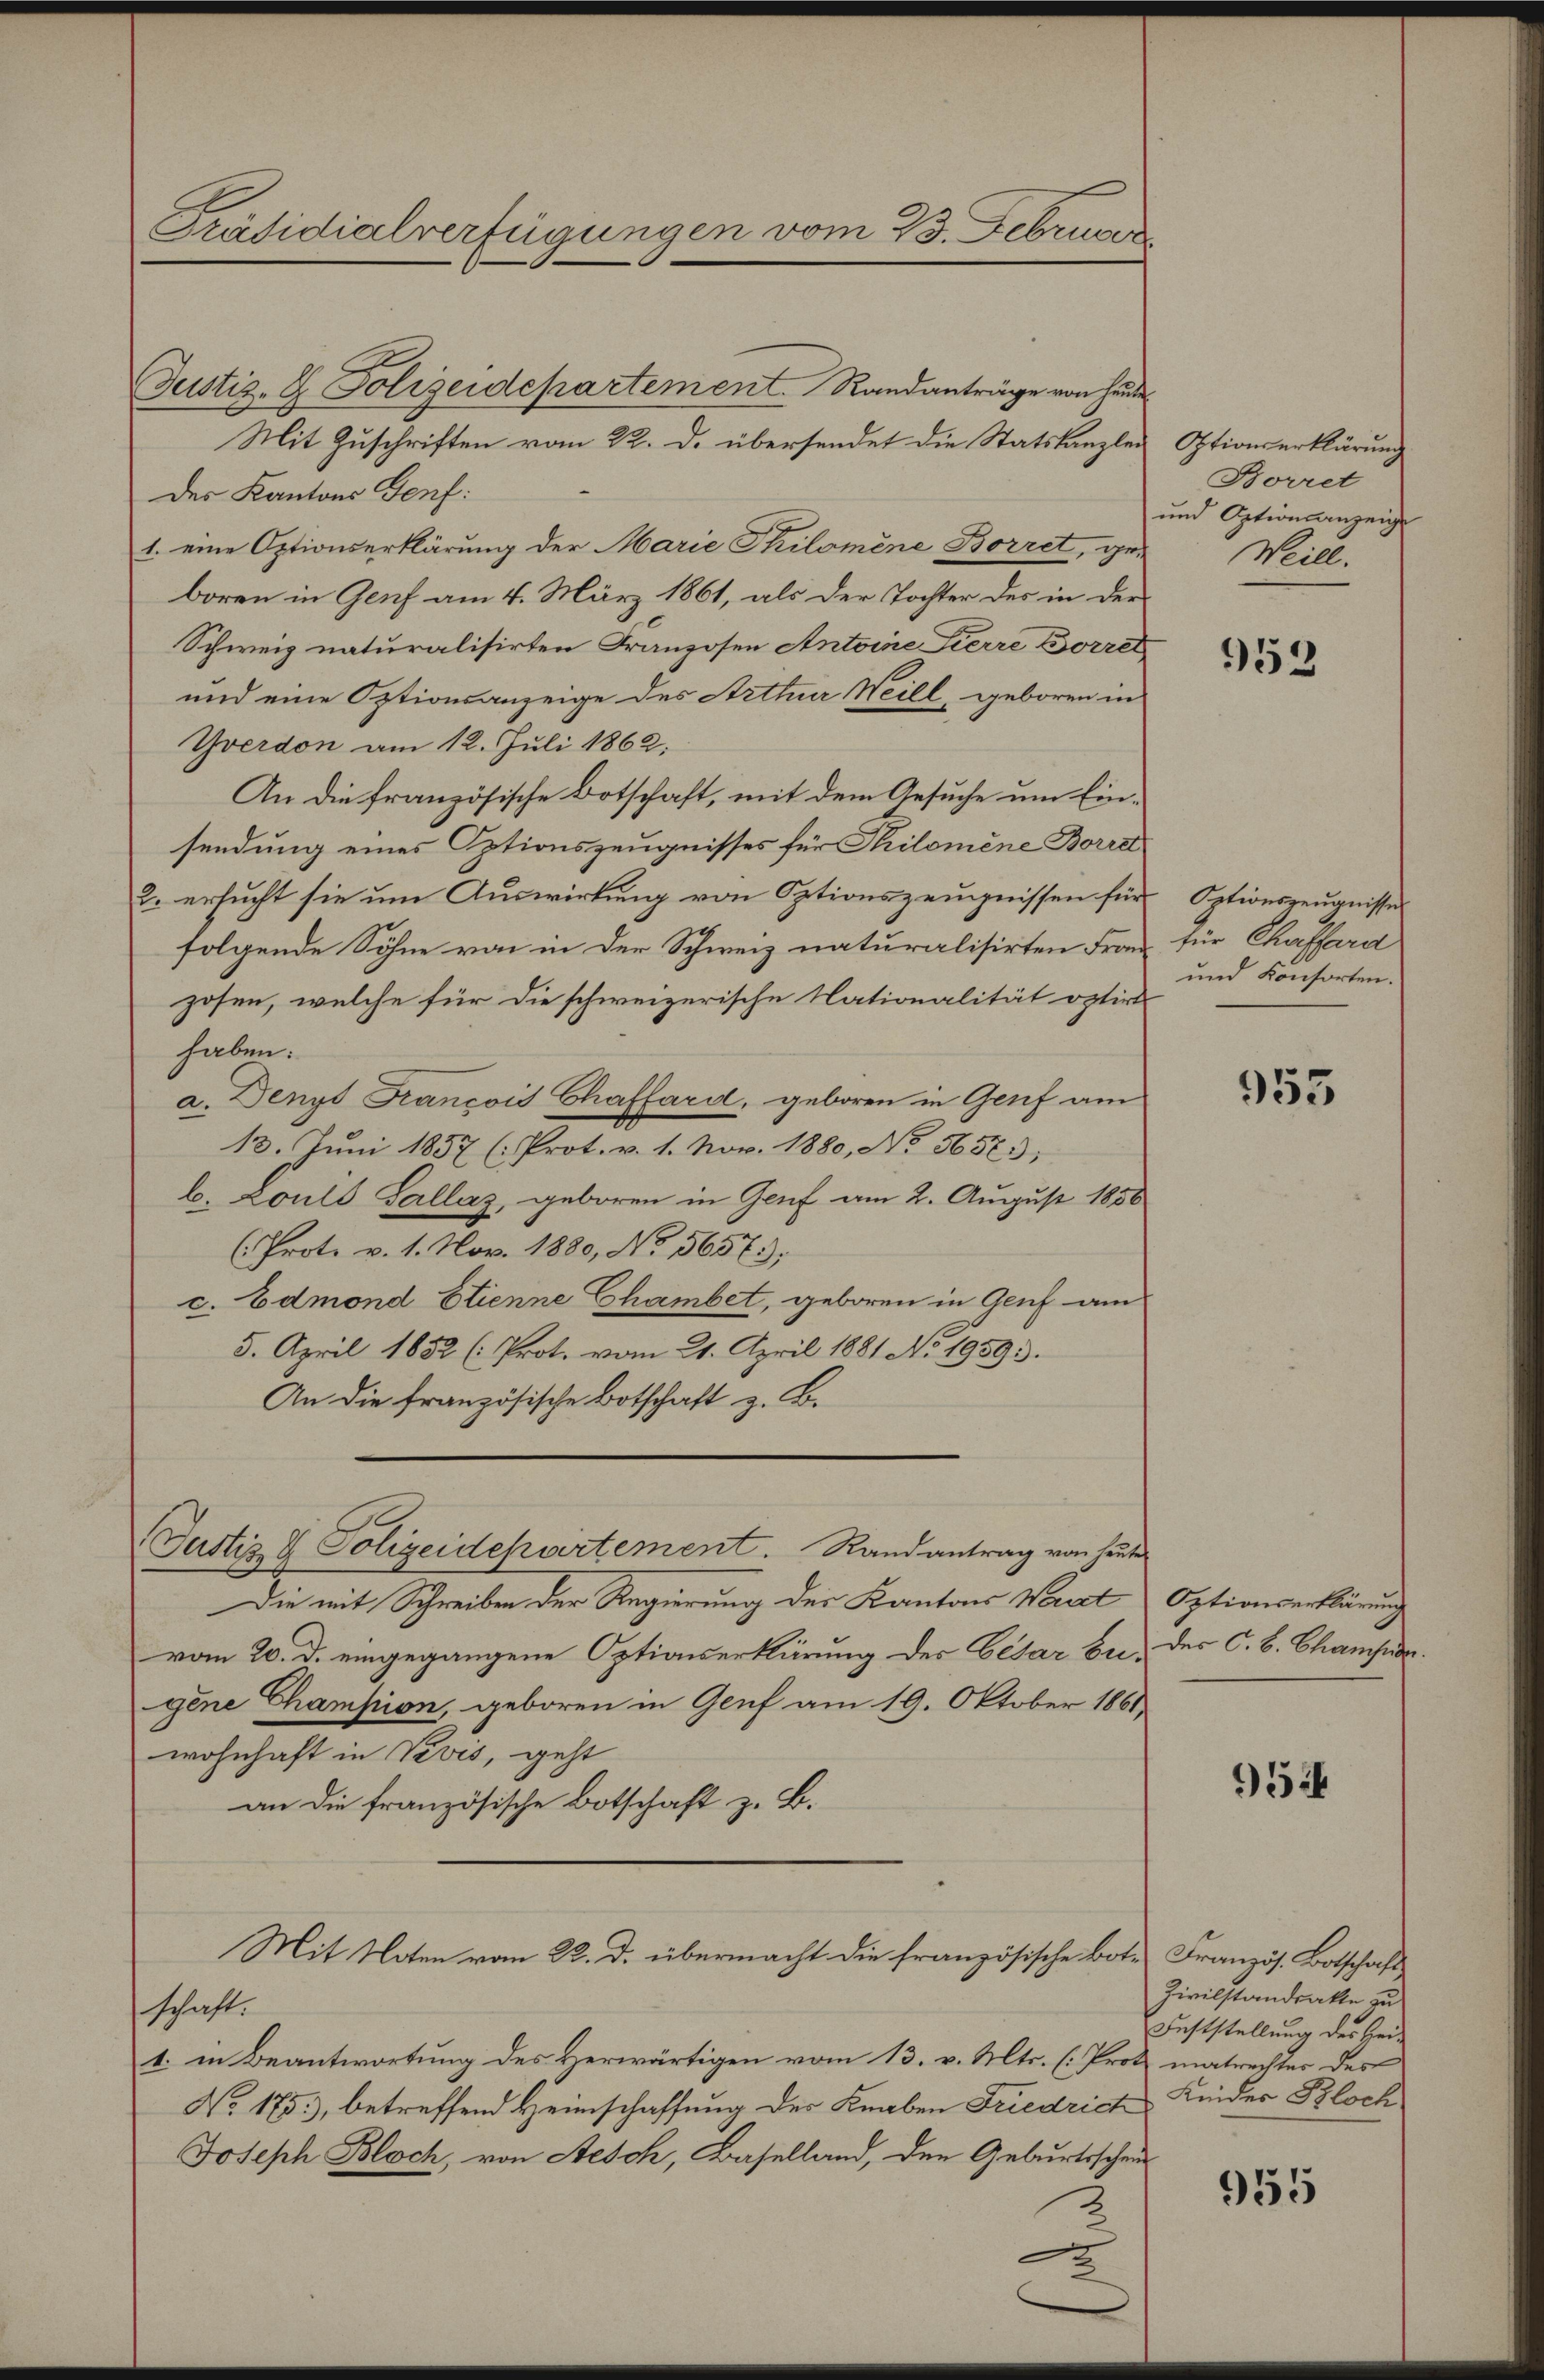
Präsidialverfügungen vom 23. Februar

Justiz- & Polizeidepartement Randanträge von Heide
Mit Zuschriften vom 22. d. übersendet die Statskanzlei
Des Kantons Genf:
1. eine Optionserklärung der Marie Philomene Borret, geboren in Genf am 4. März 1861, als der Tochter des in der
Schweiz naturalisirten Franzosen Antoine Pierre Borret
und eine Optionsanzeige des Arthner Weill, geboren in
Yverdon am 12. Juli 1862.
An die französische Botschaft, mit dem Gesuche um Einsendung eines Optionszeugnisses für Philomene Borrel
2. ersucht sie um Auswirkung von Optionszeugnissen für
folgende Söhne von in der Schweiz naturalisirten Franzosen, welche für die schweizerische Nationalität optirt
haben:
a. Denyt François Chaffard, geboren in Genf am
13. Juni 1857 (Prot. v. 1. Nov. 1880, No 5657;
b. Louis Gallaz, geboren in Genf am 2. August 1856
(Prot. v. 1. Nov. 1880, No. 5657;
c. Edmond Etienne Chambet, geboren in Genf am
5. April 1852 (Prot. vom 21. April 1881 No 1939.
An die französische Botschaft z. B.
Justiz & Polizeidepartement. Randantrag von heute
Die mit Schreiben der Regierung des Kantons Wert Optionserklärung
vom 20. d. eingegangene Optionserklärung des Cesar Bugene Champion, geboren in Genf am 19. Oktober 1861
wohnhaft in Vevis, geht
an die französische Botschaft z. B.
Mit Noten vom 22. d. übermacht die französische Bote Französ. Botschaft
schaft.
1. in Beantwortung des Herwärtigen vom 13. v. Mts. (Prot matrechter des
No. 175, betreffend Heimschaffung des Knaben Friedrich
Joseph Bloch, von Aesch, Baselland, den Geburtsschaus

Optionserklärung
Borret
und Optionsanzeig
Weill.

952

Optionszeugnisse
für Chaffara
und Konsorten.

953

des C. B. Champs.

954

Zivilstandsakte zu
Feststellung des Hei¬
Kinder Bloch

955